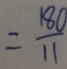
= \frac { 1 8 0 } { 1 1 }